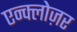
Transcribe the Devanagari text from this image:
एन्क्लोज़र